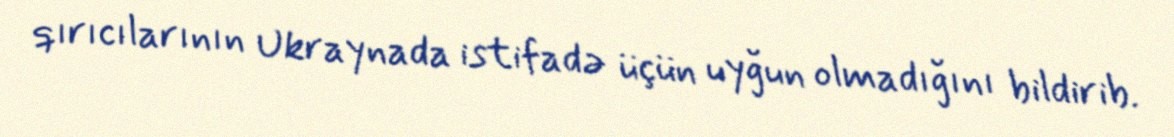
qırıcılarının Ukraynada istifadə üçün uyğun olmadığını bildirib.